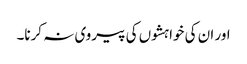
اور ان کی خواہشوں کی پیروی نہ کرنا۔